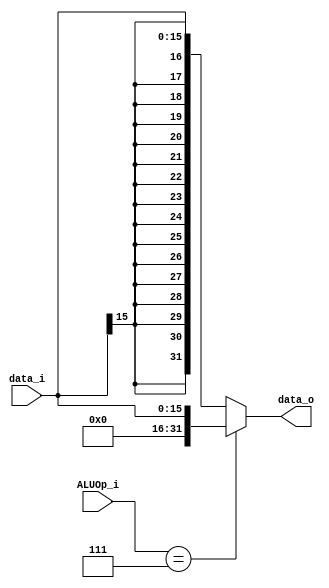
`timescale 1ns / 1ps
//Subject:     CO project 3 - Sign extend
//--------------------------------------------------------------------------------
//Version:     1
//--------------------------------------------------------------------------------
//Writer:      0510002 K 0510009 i
//--------------------------------------------------------------------------------
//--------------------------------------------------------------------------------
//Description: 
//--------------------------------------------------------------------------------

module Sign_Extend(
	ALUOp_i,   //4 bit ALUOp_i (input)
    data_i,    //16 bit data_i  (input)
    data_o     //32 bit data_o  (output)
    );
               
//I/O ports
input   [3:0]  ALUOp_i;
input   [15:0] data_i;
output  [31:0] data_o;

//Internal Signals
reg     [31:0] data_o;

//Sign extended
always@ (*) begin
	if(ALUOp_i == 4'b0111) data_o <= { {16{1'b0}}, data_i };
	else data_o <= { {16{data_i[15]}}, data_i };
end

endmodule